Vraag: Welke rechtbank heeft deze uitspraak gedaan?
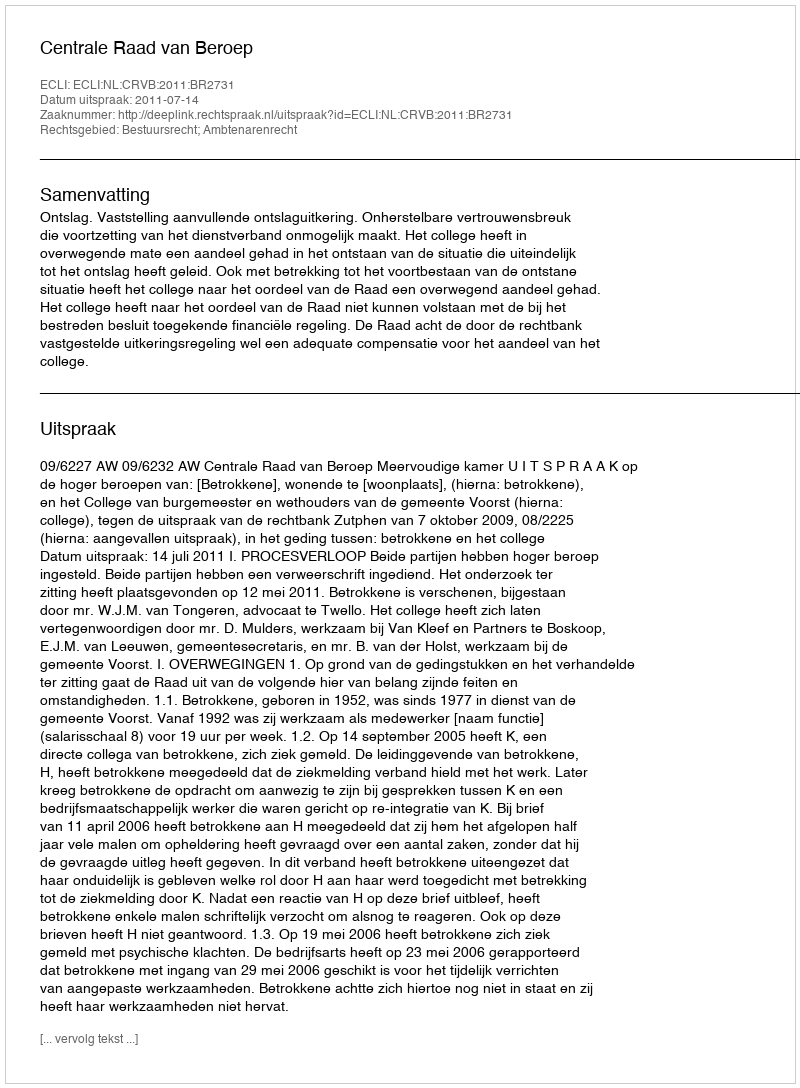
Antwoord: Centrale Raad van Beroep